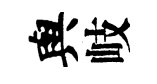
與岐